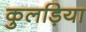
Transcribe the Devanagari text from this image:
कुलड़िया